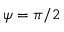
\psi = \pi / 2